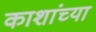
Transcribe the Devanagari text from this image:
काशांच्या